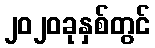
၂၀၂၀ခုနှစ်တွင်